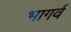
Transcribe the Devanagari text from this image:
भागर्व